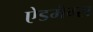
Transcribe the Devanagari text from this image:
ऐडमैग्स